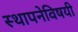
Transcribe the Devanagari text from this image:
स्थापनेविषयी